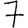
Digit: 7